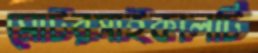
মোটরসাইকালটি